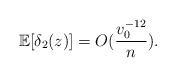
LaTeX: \begin{align*}\mathbb{E}[\delta_2(z)] = O(\frac{v_0^{-12}}{n}).\end{align*}